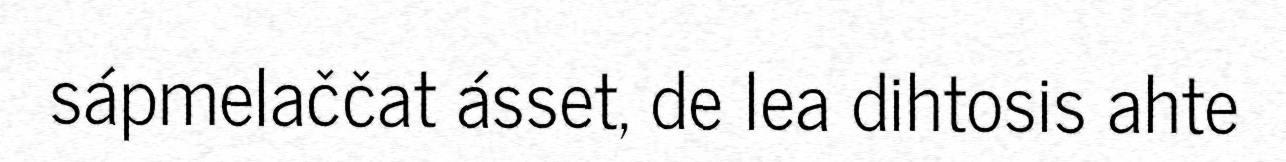
sápmelaččat ásset, de lea dihtosis ahte